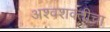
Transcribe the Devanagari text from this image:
अश्वशक्तीचा